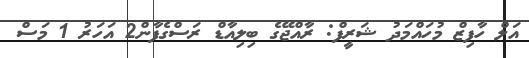
އަލް ހާފިޒް މުހައްމަދު ޝަރީފް: ރާއްޖޭގެ ބިލިއާޑް ރަސްގެފާން2 އަހަރު 1 މަސް